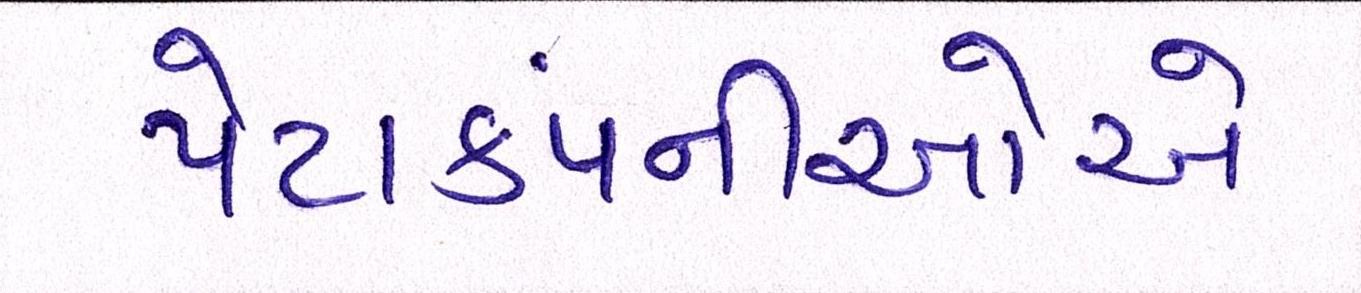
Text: પેટાકંપનીઓએ